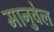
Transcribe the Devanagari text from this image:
मानुवेल